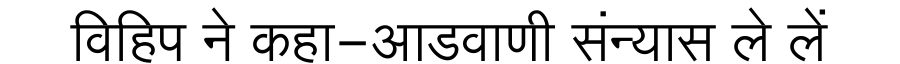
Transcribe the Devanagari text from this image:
विहिप ने कहा-आडवाणी संन्यास ले लें